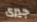
جيرى